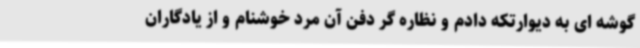
گوشه ای به دیوارتکه دادم و نظاره گر دفن آن مرد خوشنام و از یادگاران